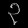
Digit: ၃